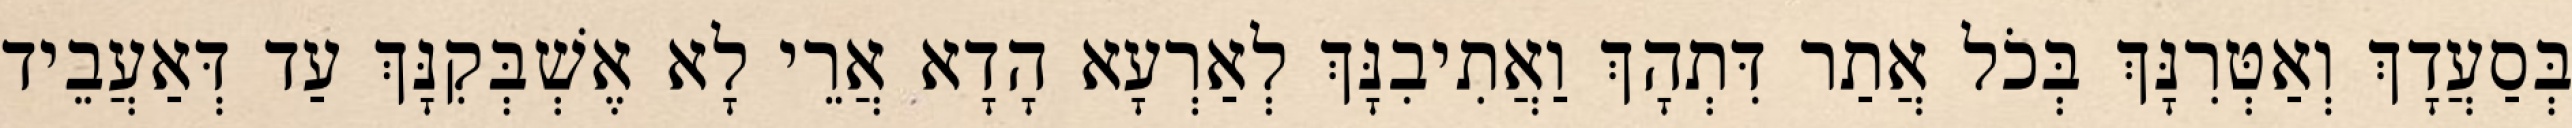
בְּסַעֲדָךְ וְאַטְּרִנָּךְ בְּכֹל אֲתַר דִּתְהָךְ וַאֲתִיבִנָּךְ לְאַרְעָא הָדָא אֲרֵי לָא אֶשְׁבְּקִנָּךְ עַד דְּאַעֲבֵיד